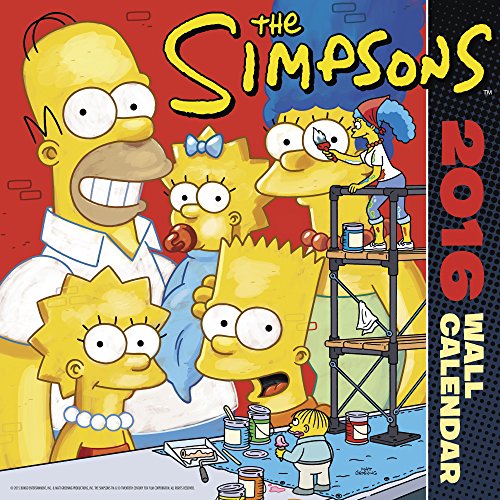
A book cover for The Simpsons Wall Calendar (2016); Day Dream; Humor & Entertainment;